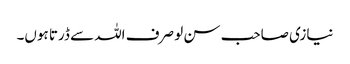
نیازی صاحب سن لو صرف اللہ سے ڈرتا ہوں۔